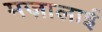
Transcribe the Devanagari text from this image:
मज़ालाई